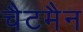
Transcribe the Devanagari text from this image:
चैटमैन